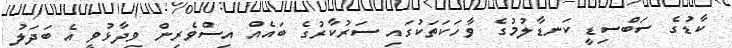
ކާޑުގެ ސަބްސިޑީ ކަނޑާލުމުގެ ވާހަކަތަކުގައި ސަރުކާރުގެ ބައެއް އިސްވެރިން ވިދާޅުވީ އެ ބަދަލު